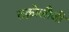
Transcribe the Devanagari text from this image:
तक्नोलौजी